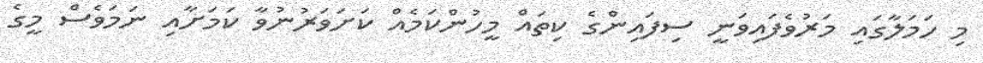
މި ހަމަލާގައި މަރުވެފައިވަނީ ސިފައިންގެ ކިތައް މީހުންކަމެއް ކަށަވަރުނުވާ ކަމަށާއި ނަމަވެސް މީގެ